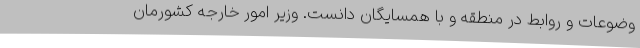
وضوعات و روابط در منطقه و با همسایگان دانست. وزیر امور خارجه کشورمان